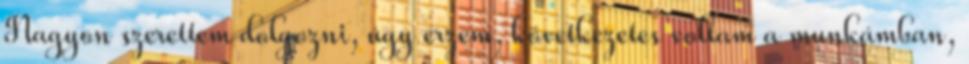
Nagyon szerettem dolgozni, úgy érzem, következetes voltam a munkámban,